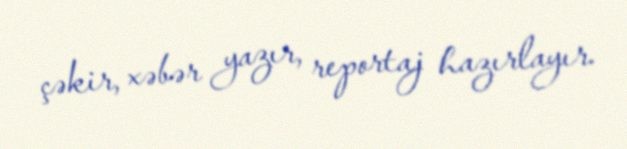
çəkir, xəbər yazır, reportaj hazırlayır.